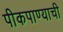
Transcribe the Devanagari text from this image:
पीकपाण्याची